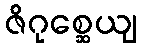
ဇိဂုစ္ဆေယျ